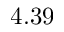
4 . 3 9